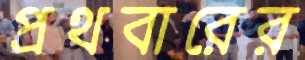
প্রথবারের